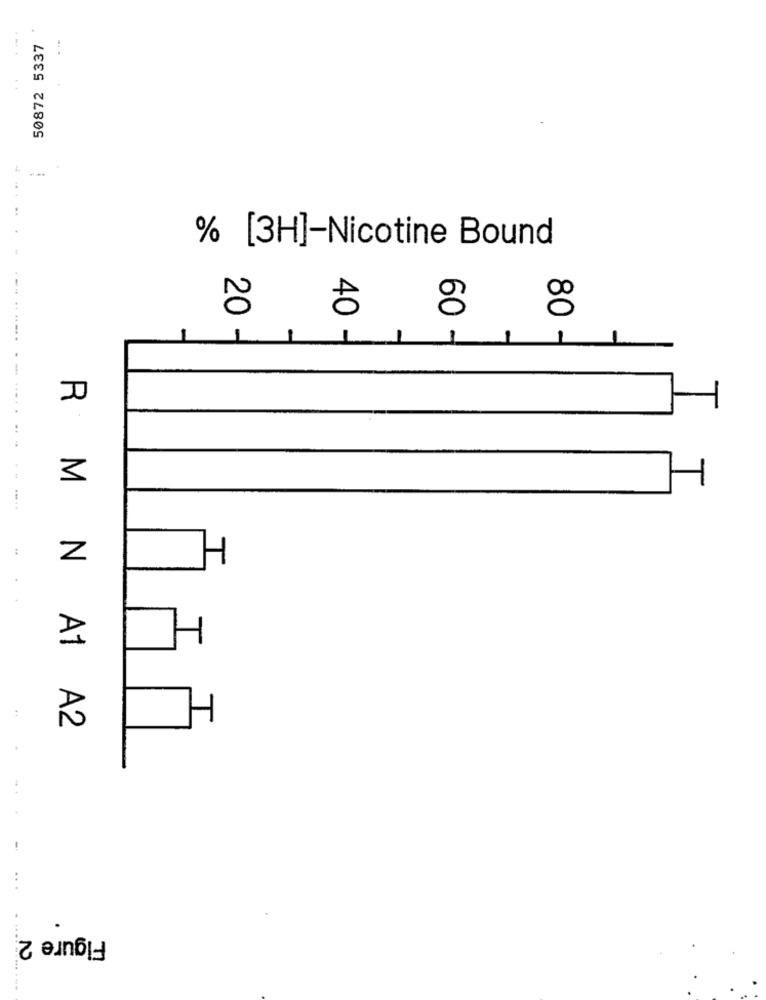
50872 5337
% [3H]-Nicotine Bound
20
40
60
T
80
1
1
1
R M
3
Z
R
N A1 A2
Figure 2